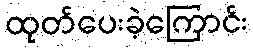
ထုတ်ပေးခဲ့ကြောင်း